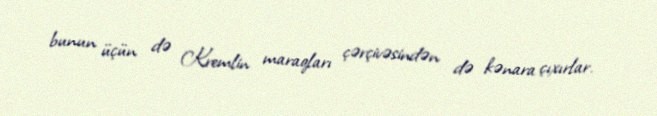
bunun üçün də Kremlin maraqları çərçivəsindən də kənara çıxırlar.